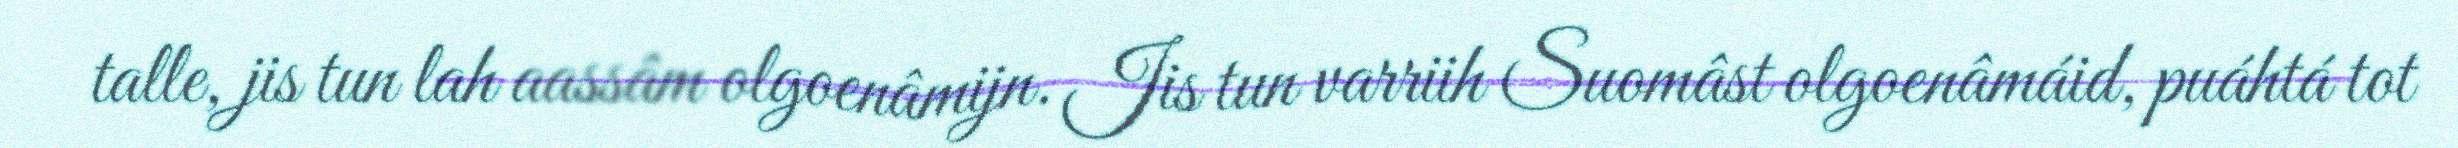
talle, jis tun lah aassâm olgoenâmijn. Jis tun varriih Suomâst olgoenâmáid, puáhtá tot